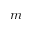
m